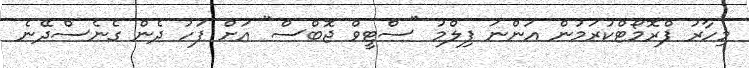
މިހާރު ޕްރޮމޯޓްކުރަމުން އަންނަ ފިލްމު "ސްޓީވް ޖޮބްސް" އަށް ފަހު ދެން ގެނެސްދޭނެ